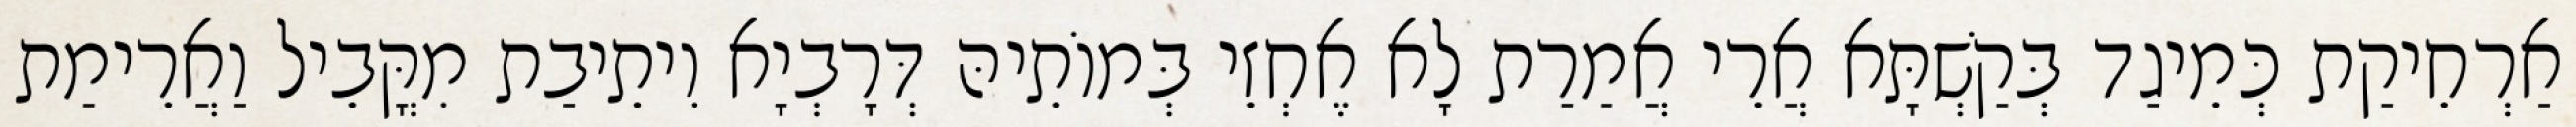
אַרְחֵיקַת כְּמֵיגַד בְּקַשְׁתָּא אֲרֵי אֲמַרַת לָא אֶחְזֵי בְּמוֹתֵיהּ דְּרָבְיָא וִיתֵיבַת מִקֳּבֵיל וַאֲרֵימַת